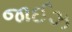
જાઈઝ